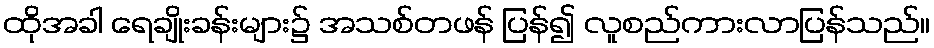
ထိုအခါ ရေချိုးခန်းများ၌ အသစ်တဖန် ပြန်၍ လူစည်ကားလာပြန်သည်။